Annual report on the Civil Veterinary Department, Burma (including the Insein Veterinary School) - 1923-1931
Year: 1923
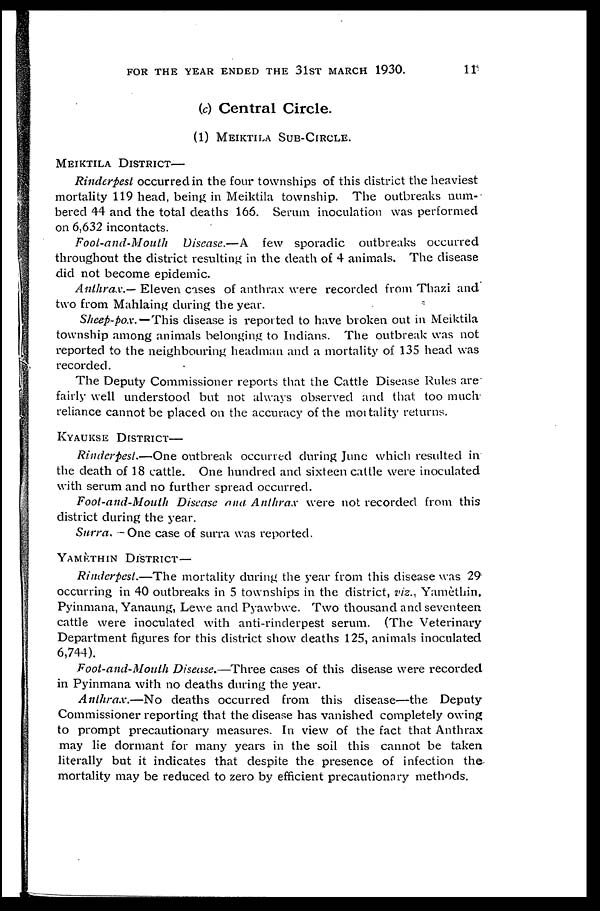
FOR THE YEAR ENDED THE 31ST MARCH 1930.
11
(c) Central Circle.
(1) MEIKTILA SUB-CIRCLE.
MEIKTILA DISTRICT—
Rinderpest occurred in the four townships of this district the heaviest
mortality 119 head, being in Meiktila township. The outbreaks num-
bered 44 and the total deaths 166. Serum inoculation was performed
on 6,632 incontacts.
Foot-and-Mouth
Disease.—A few sporadic outbreaks occurred
throughout the district resulting in the death of 4 animals. The disease
did not become epidemic.
Anthrax.— Eleven cases of anthrax were recorded from Thazi and
two from Mahlaing during the year.
Sheep-pox.— This disease is reported to have broken out in Meiktila
township among animals belonging to Indians. The outbreak was not
reported to the neighbouring headman and a mortality of 135 head was
recorded.
The Deputy Commissioner reports that the Cattle Disease Rules are
fairly well understood but not always observed and that too much
reliance cannot be placed on the accuracy of the mortality returns.
KYAUKSE DISTRICT—
Rinderpest.—One outbreak occurred during June which resulted in
the death of 18 cattle. One hundred and sixteen cattle were inoculated
with serum and no further spread occurred.
Foot-and-Mouth Disease and Anthrax were not recorded from this
district during the year.
Surra. One case of surra was reported.
YAMETHIN DISTRICT—
Rinderpest.—The mortality during the year from this disease was 29
occurring in 40 outbreaks in 5 townships in the district, viz., Yamèthin,
Pyinmana, Yanaung, Lewe and Pyawbwe. Two thousand and seventeen
cattle were inoculated with anti-rinderpest serum. (The Veterinary
Department figures for this district show deaths 125, animals inoculated
6,744).
Foot-and-Mouth Disease.—Three cases of this disease were recorded
in Pyinmana with no deaths during the year.
Anthrax.—No deaths occurred from this disease—the Deputy
Commissioner reporting that the disease has vanished completely owing
to prompt precautionary measures. In view of the fact that Anthrax
may lie dormant for many years in the soil this cannot be taken
literally but it indicates that despite the presence of infection the
mortality may be reduced to zero by efficient precautionary methods.